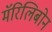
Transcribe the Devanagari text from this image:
मॅरिलिबोन